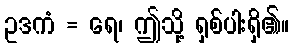
ဥဒကံ = ရေ၊ ဤသို့ ရှစ်ပါးရှိ၏။